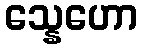
သ္နေဟော